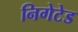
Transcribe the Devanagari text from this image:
निगेटेड